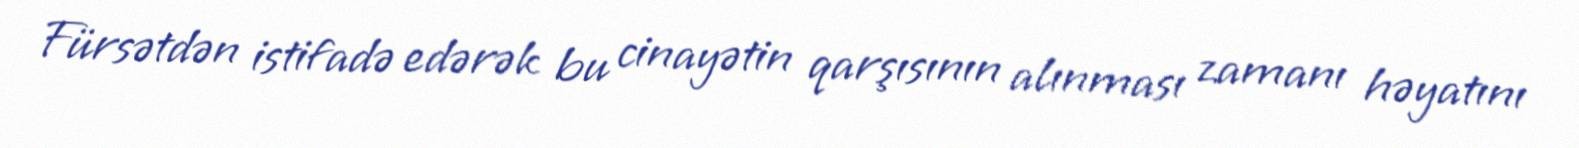
Fürsətdən istifadə edərək bu cinayətin qarşısının alınması zamanı həyatını